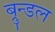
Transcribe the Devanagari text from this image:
ब्रुन्डल